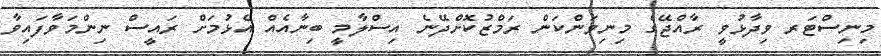
މިނިސްޓަރ ވިދާޅުވީ ރާއްޖޭގެ މިނިވަންކަން ރަމްޒުކޮށްދޭނެ އިސްލާމީ ބިނާއެއް އެޅުމަށް ރައީސް ނިންމަވާފައިވާ